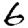
Digit: 6